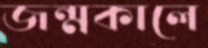
জন্মকালে